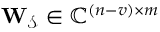
\mathbf { W _ { \mathcal { S } } } \in \mathbb { C } ^ { ( n - v ) \times m }